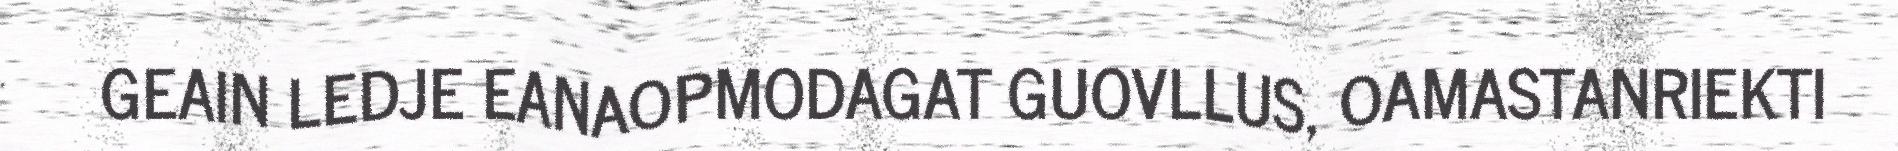
GEAIN LEDJE EANAOPMODAGAT GUOVLLUS, OAMASTANRIEKTI